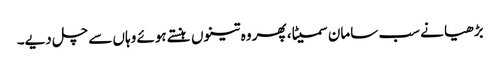
بڑھیا نے سب سامان سمیٹا، پھر وہ تینوں ہنستے ہوئے وہاں سے چل دیے۔